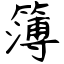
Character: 簿